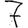
Digit: 7